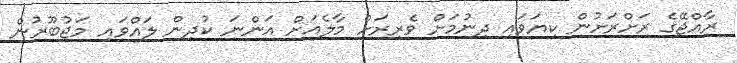
ރާއްޖޭގެ ރަށްރަށުން ކިޔަވައި ދިނުމަށް ވެރިރަށް މާލެއަށް އަންނަ ކުދިން ލައްވައި މަޖުބޫރުން